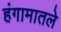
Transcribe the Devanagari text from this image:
हंगामातले